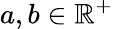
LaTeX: a,b\in\mathbb{R}^{+}